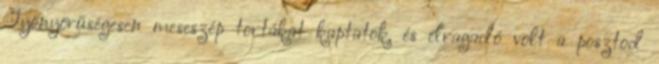
Gyönyörűségesen meseszép tortákat kaptatok, és elragadó volt a posztod